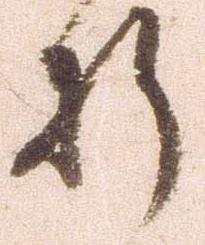
折